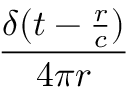
\frac { \delta ( t - { \frac { r } { c } } ) } { 4 \pi r }